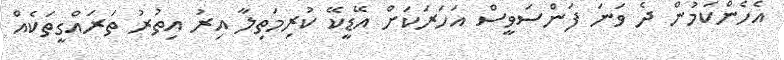
އެހެންކަމުން ދެ ވަނަ ފަންސަވީސް އަހަރަކަށް އޭޑީކޭ ކުރިމަތިލާ އިރު އިތުރު ތަރައްގީތަކެއް